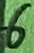
Text: 6